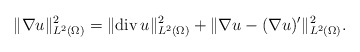
\begin{align*}\|\nabla u\|_{L^{2}(\Omega)}^{2} = \|\mathrm{div}\, u\|_{L^{2}(\Omega)}^{2} + \|\nabla u - (\nabla u)'\|_{L^{2}(\Omega)}^{2}.\end{align*}